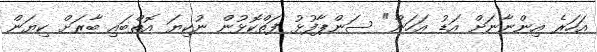
އަހަރެ އިންނާނަށް އަޑު އަހަން" ސަންޕާފުޅު ފަތްކޮޅުން ނުކިޔަ އޮތްބައި ބާރަށް ކިޔަން